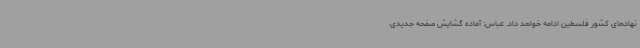
نهادهای کشور فلسطین ادامه خواهد داد. عباس: آماده گشایش صفحه جدیدی